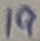
Text: 19